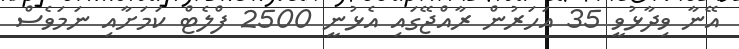
އޭނާ ވިދާޅުވީ 35 އަހަރުން ރާއްޖޭގައި އެޅުނީ 2500 ފްލެޓް ކަމަށާއި ނަމަވެސް